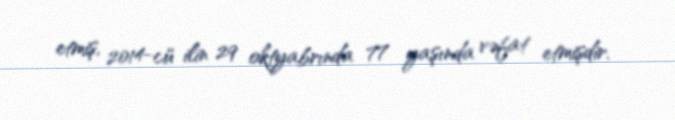
etmiş, 2014-cü ilin 29 oktyabrında 77 yaşında vəfat etmişdir.